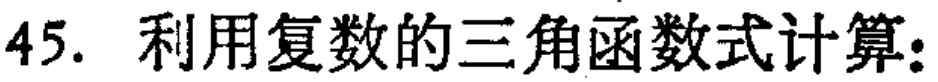
45. 利用复数的三角函数式计算：